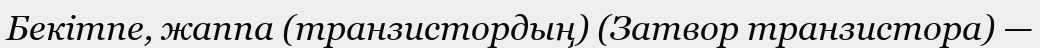
Бекітпе, жаппа (транзистордың) (Затвор транзистора) —